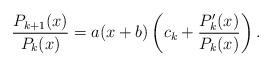
LaTeX: \begin{align*}\frac{P_{k+1}(x)}{P_k(x)} = a(x+b)\left(c_k + \frac{P'_k(x)}{P_k(x)}\right).\end{align*}